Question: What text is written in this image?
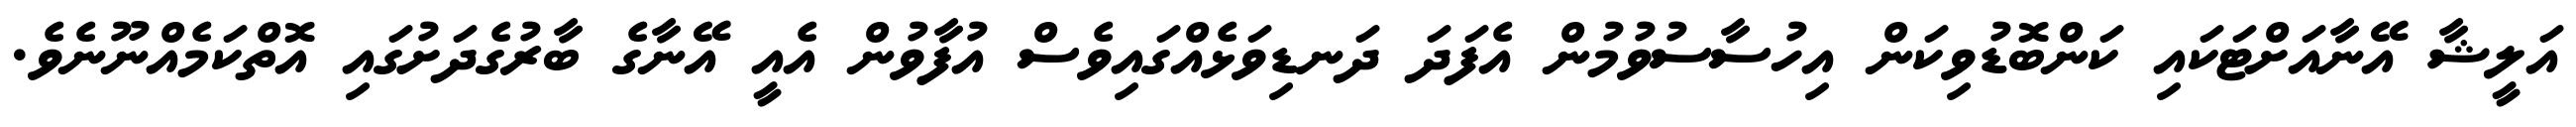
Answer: އަލީޝާ އޭނާއަށްޓަކައި ކަންބޮޑުވިކަން އިހުސާސުވުމުން އެފަދަ ދަނޑިވަޅެއްގައިވެސް އުފާވުން އެއީ އޭނާގެ ބާރުގެދަށުގައި އޮތްކަމެއްނޫނެވެ.